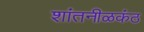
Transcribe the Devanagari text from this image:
शांतनीळकंठ